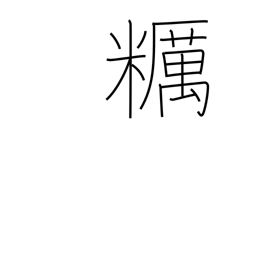
Meaning: unpolished rice